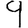
Digit: 9